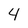
Character: 4